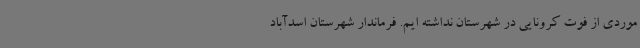
موردی از فوت کرونایی در شهرستان نداشته ایم. فرماندار شهرستان اسدآباد